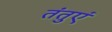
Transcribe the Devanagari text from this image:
तंतुएं